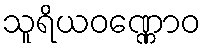
သူရိယဝဏ္ဏောဝ